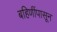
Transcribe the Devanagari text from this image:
बहिणींपासून